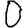
Digit: 0